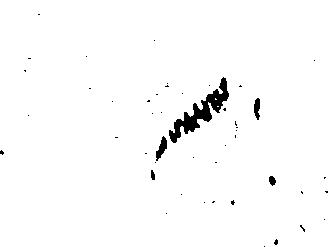
御